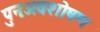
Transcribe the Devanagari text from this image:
पुनःअवशोषण